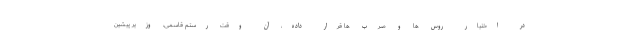
در اختیار روس ها و صرب ها قرار داده، آن وقت رستم قاسمی، وزیر پیشین